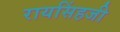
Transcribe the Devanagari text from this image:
रायसिंहजी